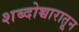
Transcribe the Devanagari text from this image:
शब्दोच्चारातून